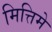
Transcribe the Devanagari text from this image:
मित्तिमे